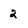
Character: 2